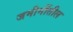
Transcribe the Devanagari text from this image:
जमीनींतील